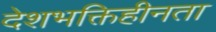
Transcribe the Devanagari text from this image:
देशभक्तिहीनता